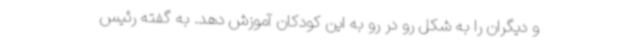
و دیگران را به شکل رو در رو به این کودکان آموزش دهد. به گفته رئیس